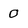
Character: 0